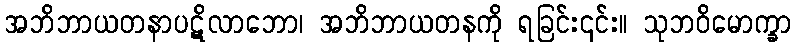
အဘိဘာယတနာပဋိလာဘော၊ အဘိဘာယတနကို ရခြင်း၎င်း။ သုဘဝိမောက္ခာ